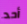
أحد